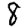
Digit: 8